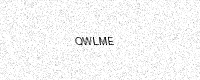
Text: QWLME